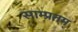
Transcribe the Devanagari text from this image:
साम्प्रतम्